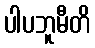
ပါပဘူမီတိ